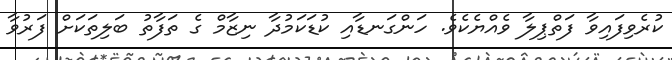
ކުރެވިފައިވާ ފަތްޕިލާ ވެއްޔެކެވެ. ހަންގަނޑާއި ކުޑަކަމުދާ ނިޒާމް ގެ ތަފާތު ބަލިތަކަށް ފަރުވާ